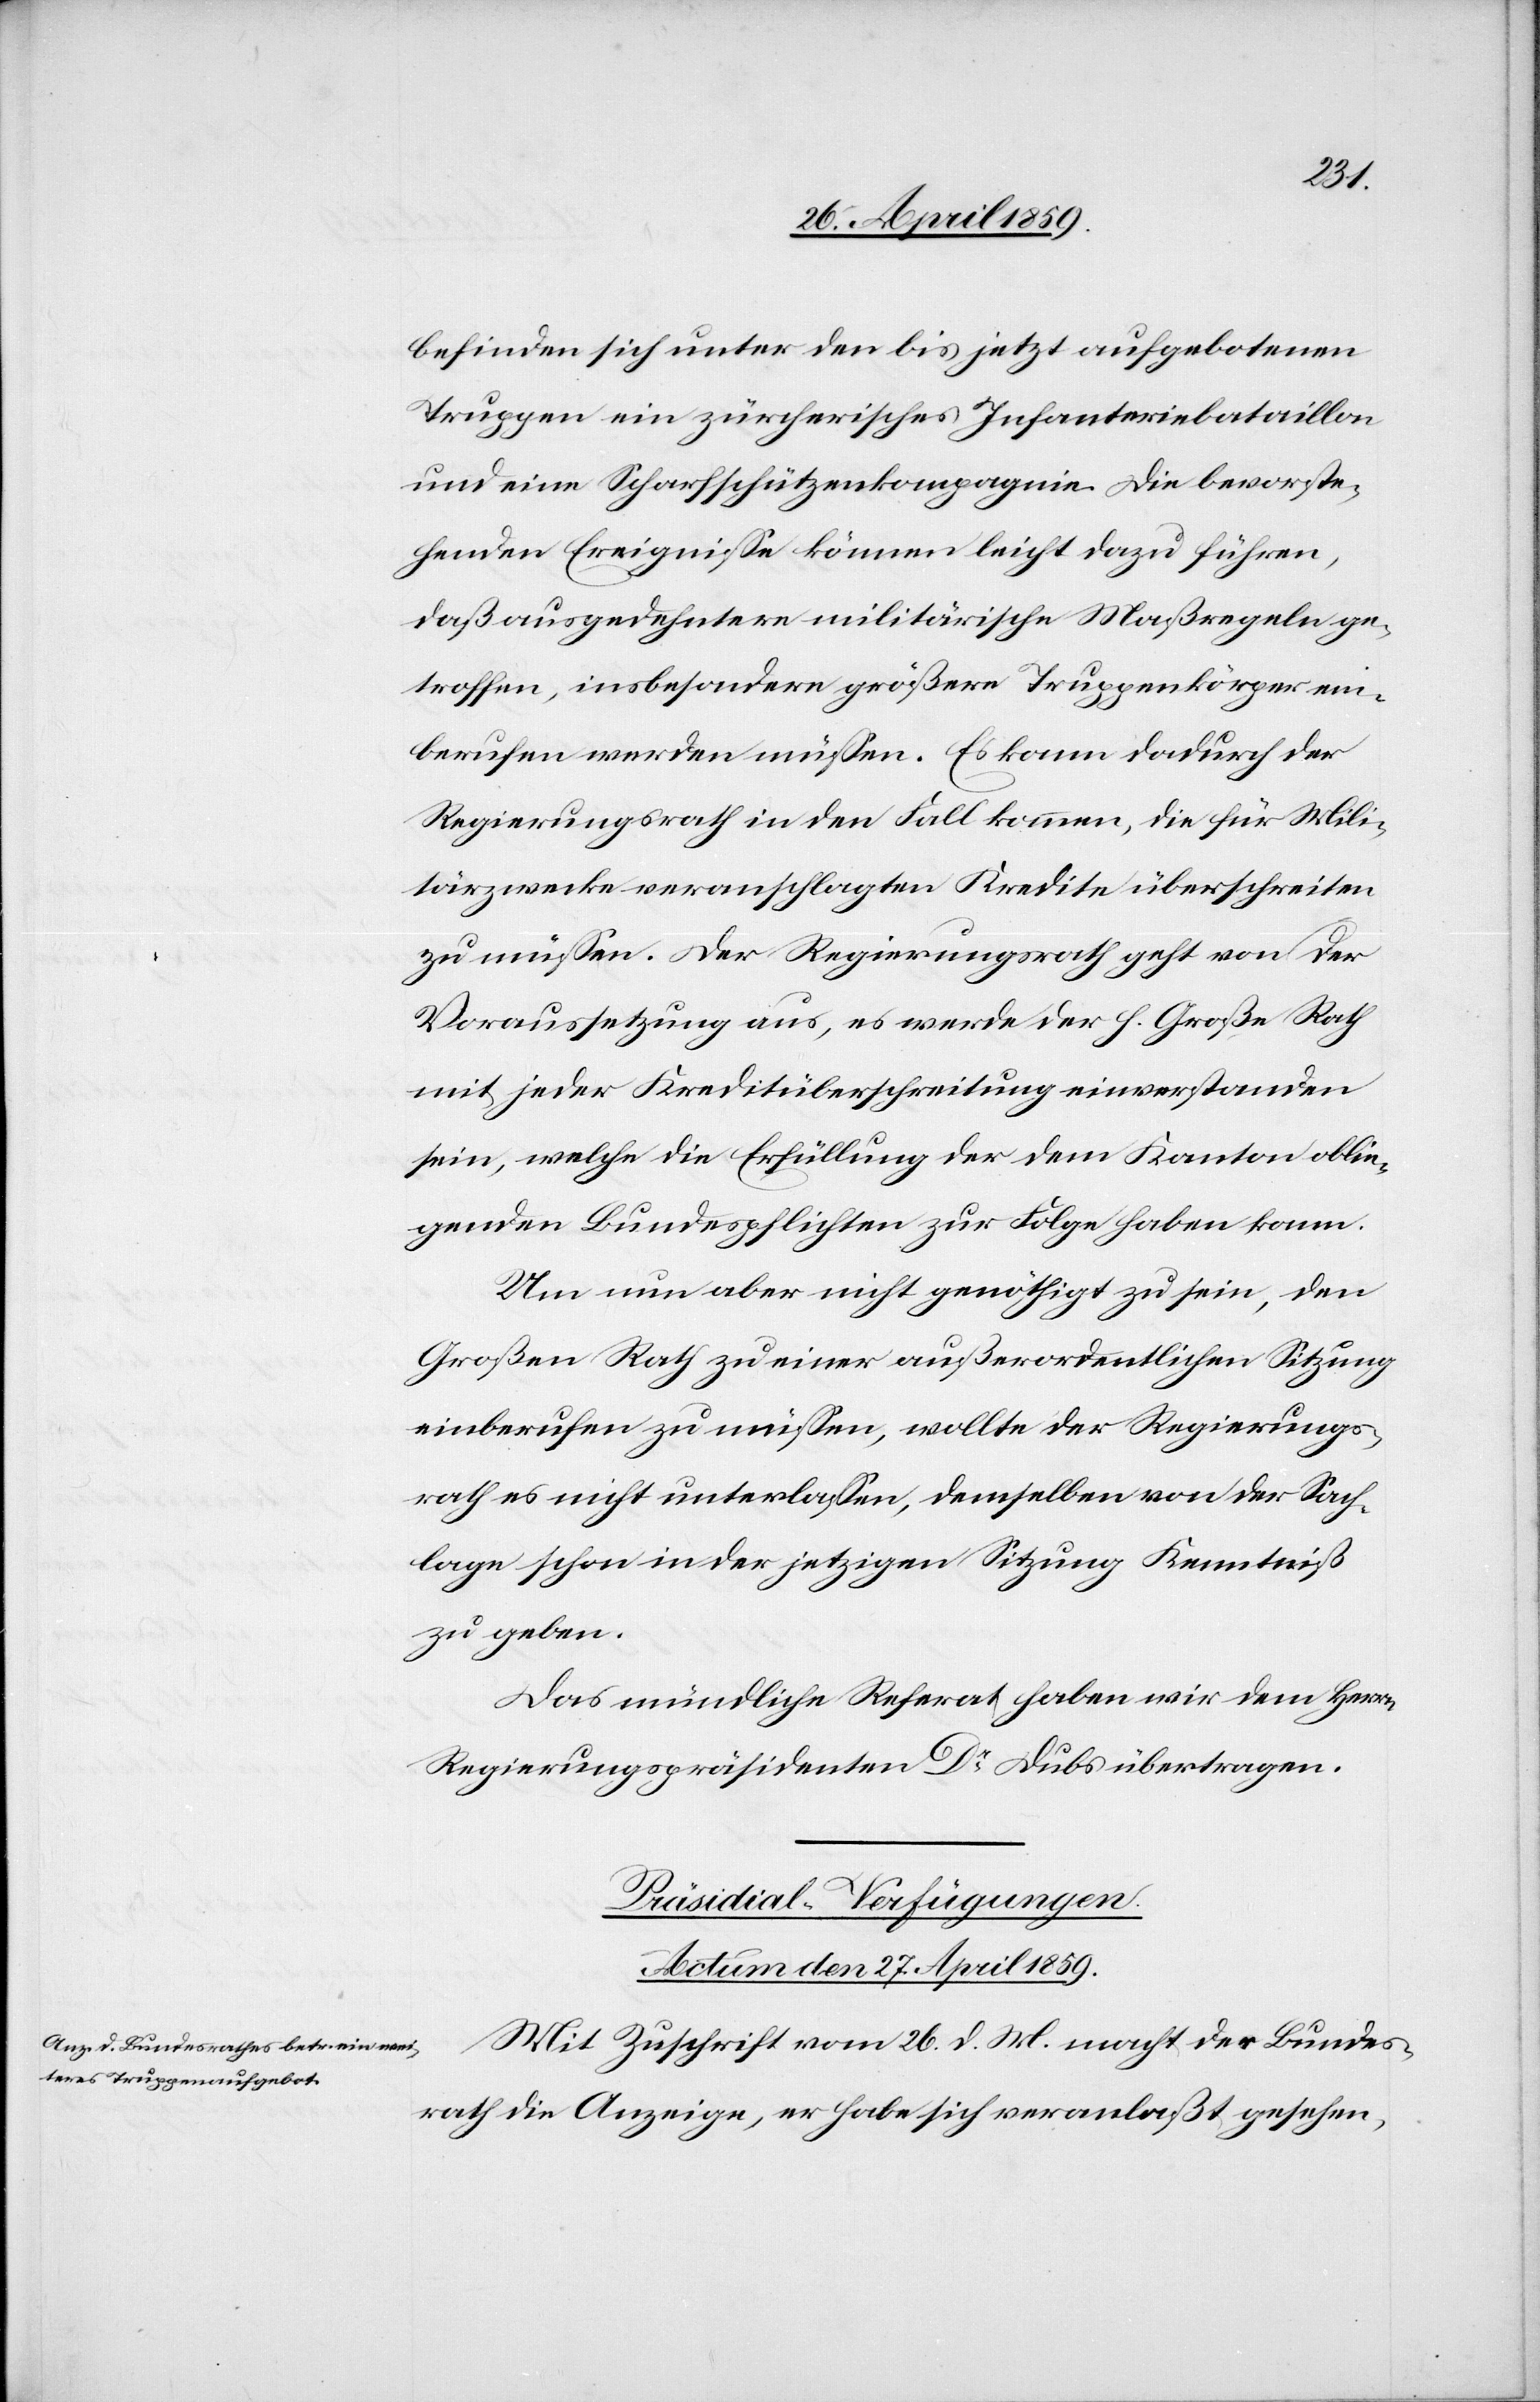
befinden sich unter den bis jetzt aufgebotenen
Truppen ein zürcherisches Infanteriebataillon
und eine Scharfschützenkompagnie. Die bevorste¬
henden Ereigniße können leicht dazu führen,
daß ausgedehntere militärische Maßregeln ge¬
troffen, insbesondere größere Truppenkörper ein¬
berufen werden müßen. Es kann dadurch der
Regierungsrath in den Fall kommen, die für Mili¬
tärzwecke veranschlagten Kredite überschreiten
zu müßen. Der Regierungsrath geht von der
Voraussetzung aus, es werde der h. Große Rath
mit jeder Kreditüberschreitung einverstanden
sein, welche die Erfüllung der dem Kanton oblie¬
genden Bundespflichten zur Folge haben kann.
Um nun aber nicht genöthigt zu sein, den
Großen Rath zu einer außerordentlichen Sitzung
einberufen zu müßen, wollte der Regierungs¬
rath es nicht unterlaßen, demselben von der Sach¬
lage schon in der jetzigen Sitzung Kenntniß
zu geben.
Das mündliche Referat haben wir dem Herrn
Regierungspräsidenten Dr. Dubs übertragen.
Präsidial-Verfügungen.
Actum den 27. April 1859.
Mit Zuschrift vom 26. d. M. macht der Bundes¬
rath die Anzeige, er habe sich veranlaßt gesehen,